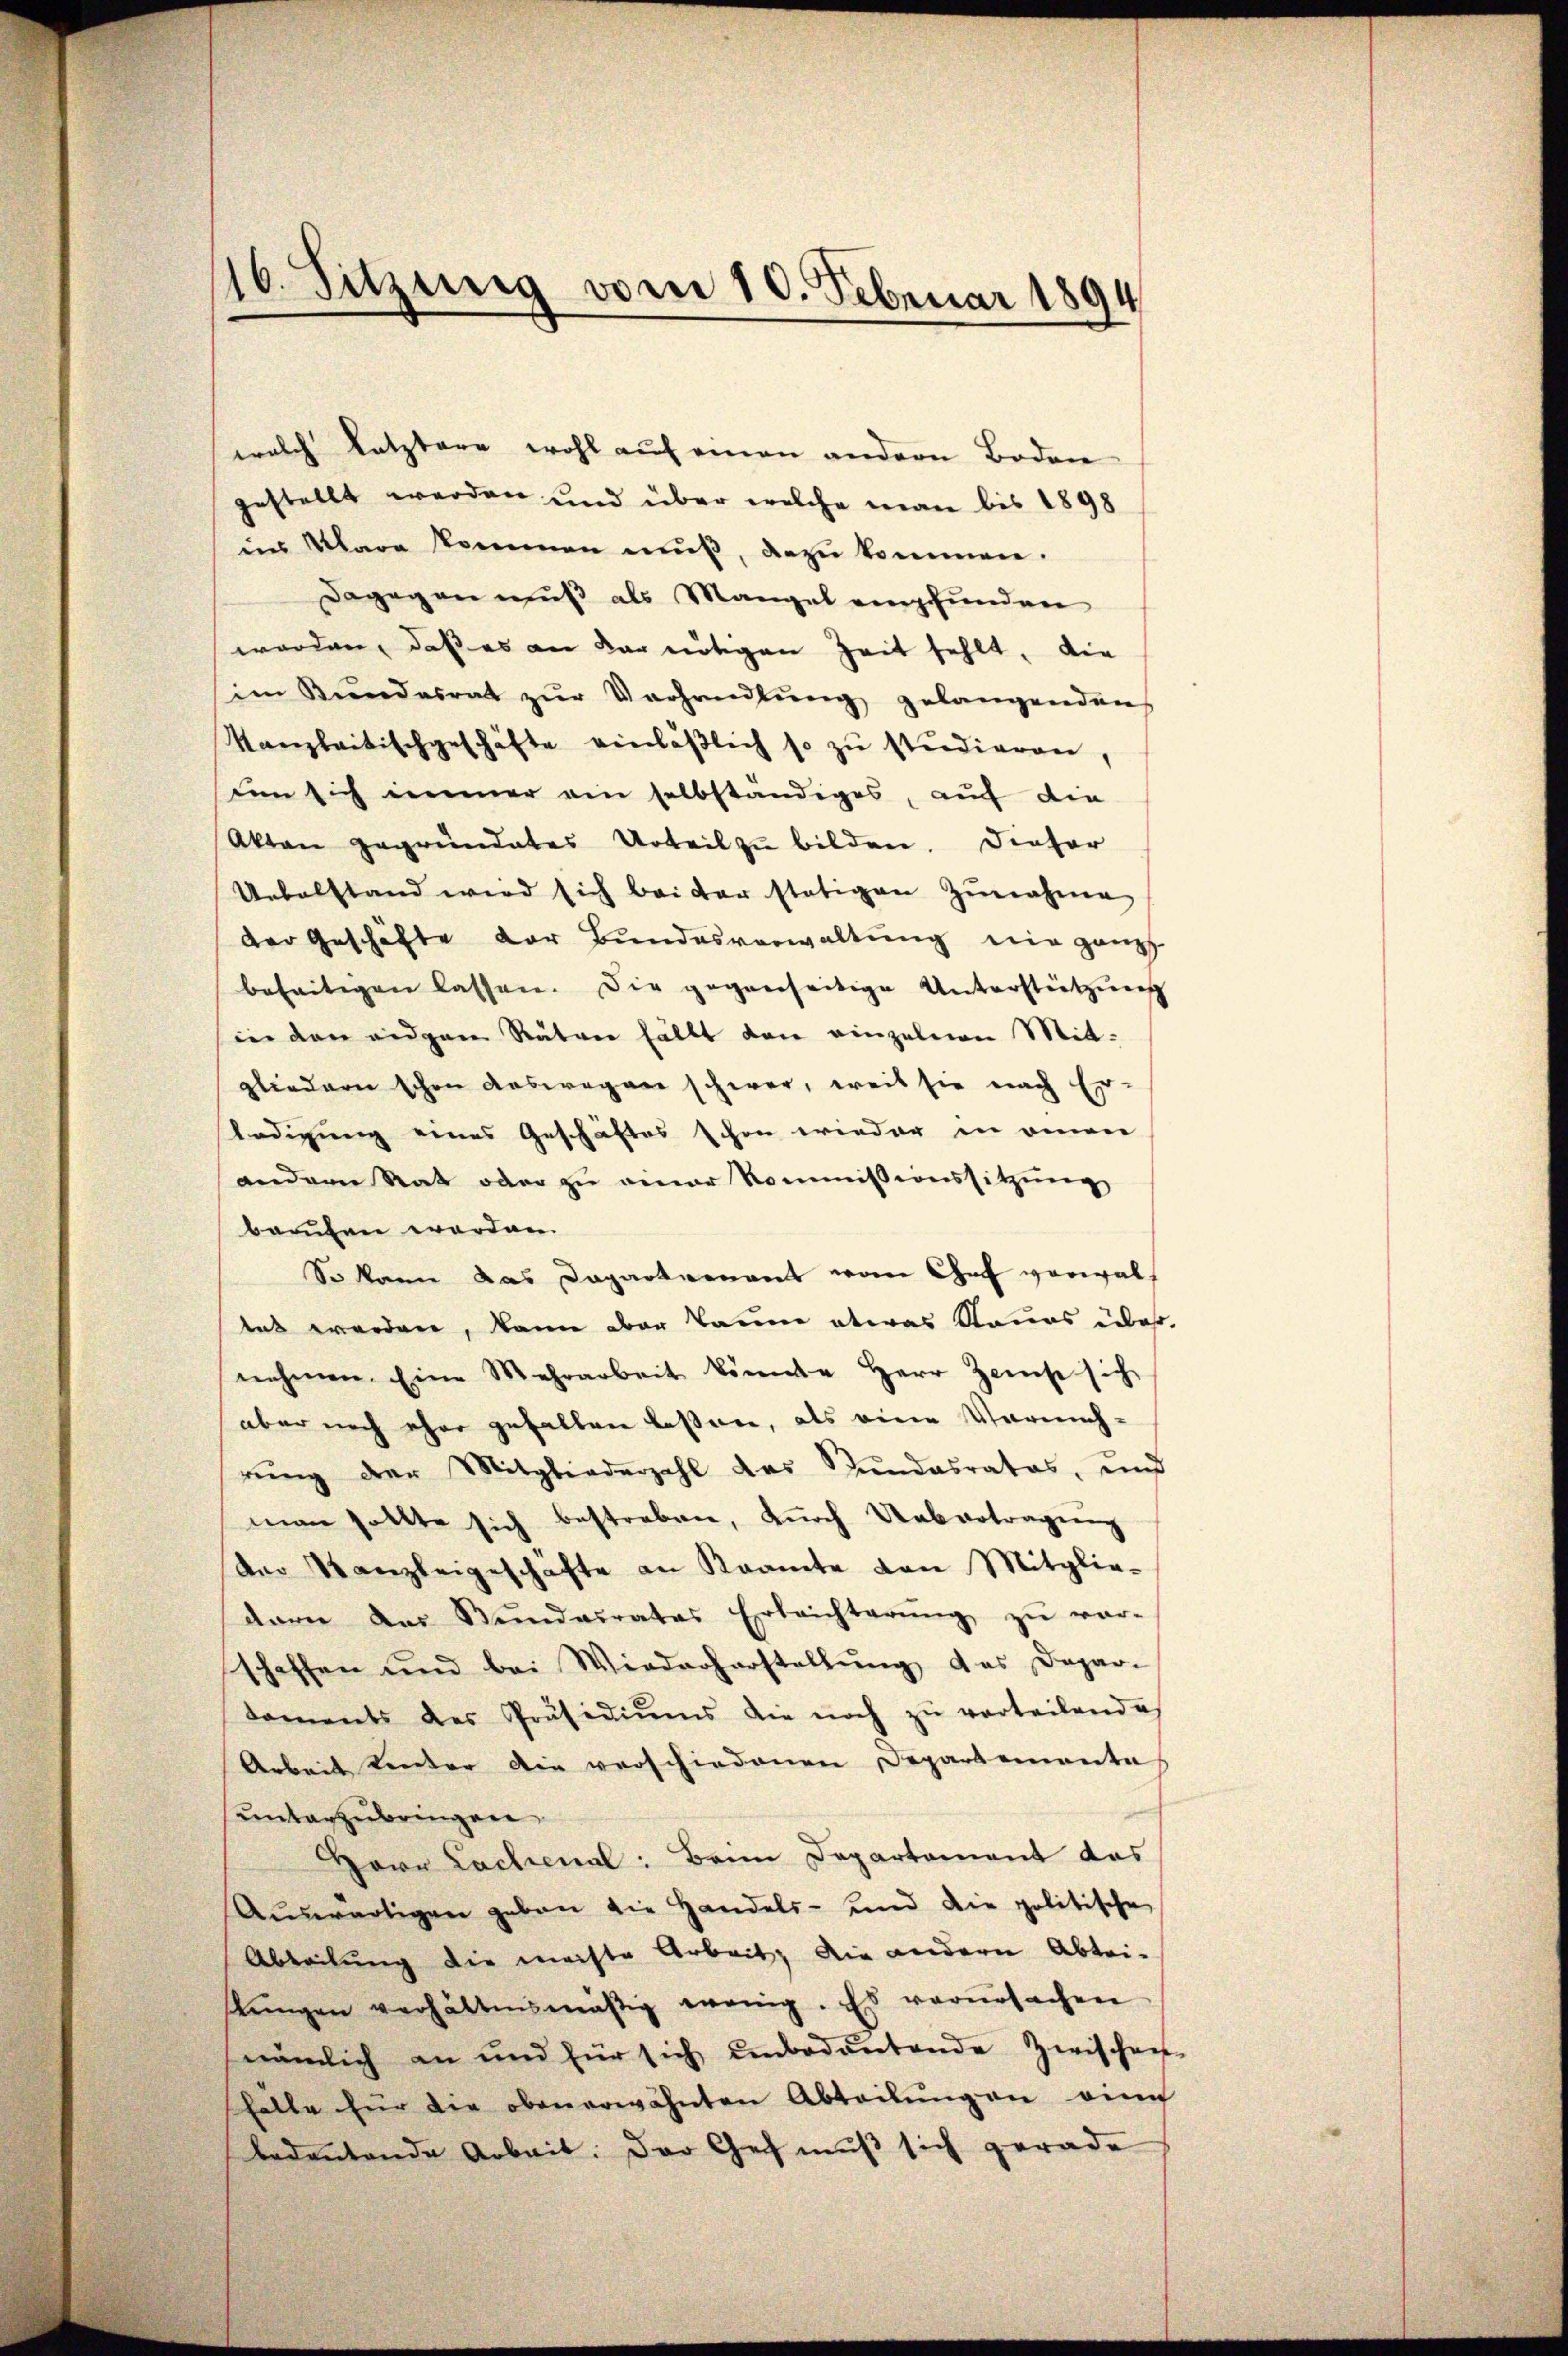
16. Sitzung vom 10. Februar 1894

welch letztere wohl auf einen andern Boden
gestellt werden und über welche man bis 1898
in Klara kommen muß, dazu kommen.
Dagegen muß als Mangel empfunden
worden, daß es an der nötigen Zeit fehlt, die
im Bŭndesrat zŭr Verhandlŭng gelangenden
Kanzleitischgeschäfte einläßlich so zu studieren,
um sich immer ein selbständiges, auf die
Akten gegründetes Urteil zŭ bilden. Dieser
Uebelstand wird sich bei der stätigen Zŭnahme
der Geschäfte der Bundesverwaltung nie ganz
beseitigen lassen. Die gegenseitige Unterstützung
in den eidgen Räten fällt den einzelnen Mitgliedern schon auswegen schwer, weil sie nach Er-
ladigung eines Geschäftes schon wieder in einer
andern Rat oder zu einer Kommissionssitzung
berufen werden.
So kann das Daparternant von Chef vorwalt
das werden, kann der kaum etwas Raums wes
nehmen. Eine Mehrarbeit könnte Herr Zinse sich
aber noch eher gefallen lassen, als eine Vermehrung der Mitgliederzahl das Kundesrates, und
man sollte sich bestreben, durch Uebertragung
Am Kanzleigeschafte an Kramte von Mitglie-
darn des Stŭndesrates Erleichterŭng zŭ ver-
schaffen und bei Wiederherstellŭng das Dapar-
koments des Präsidiŭms die noch zŭ verteilende,
Arbeit hinter die verschiedenen Departemente
unterzubringen.
Herr Lachenal: Beine Departement das
Aŭswärtigen geben die Handels- und die politische
Abteilung die meiste Arbeit, die andern Abtri-
tŭngen verhältnismäßig wenig. Es verŭrsachen
nämlich an und für sich unbedeutende Zwischen
shalte für die obenerwähnten Abteilŭngen ein
bedeutende Arbeit. Der Ges muß sich gerade